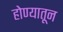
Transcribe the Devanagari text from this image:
होण्यातून